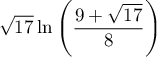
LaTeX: { \sqrt { 1 7 } } \ln \left( { \frac { 9 + { \sqrt { 1 7 } } } { 8 } } \right)